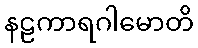
နဠကာရဂါမောတိ